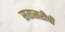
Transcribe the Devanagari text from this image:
सरासरीची